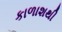
કાળાશથી